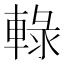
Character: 𨌠